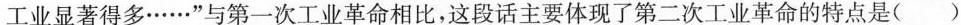
工业显著得多……”与第一次工业革命相比，这段话主要体现了第二次工业革命的特点是( )